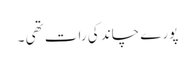
پورے چاند کی رات تھی ۔